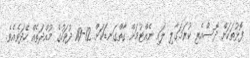
ފޮޅުތަކަށް ދޮސްއެރި ކުރަމަގާލި ލައި ނެއްޓުމަށް ގާތްގަނޑަކަށް 12-10 ދުވަހުގެ މުއްދަތެއް ހޭދަވެއެވެ.